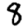
Digit: 8